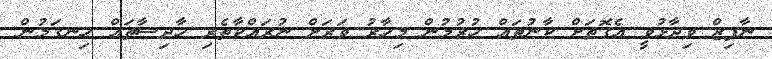
ނާފިޒް ވިދާޅުވީ އެގޮތަށް ކާނުތައް ހުރުމުން މިހާރު ވަރަށް ނުރައްކާތެރި ހާދިސާތައް ހިނގަމުން